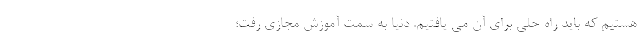
هستیم که باید راه حلی برای آن می یافتیم. دنیا به سمت آموزش مجازی رفت؛